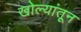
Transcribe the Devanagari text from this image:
खोल्यांतून